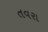
તવરા